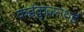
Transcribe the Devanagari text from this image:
कईकुज़नथई